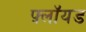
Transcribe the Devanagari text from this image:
फ़्लॉयड